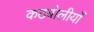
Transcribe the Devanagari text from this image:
कठबोलीयाँ